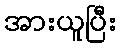
အားယူပြီး